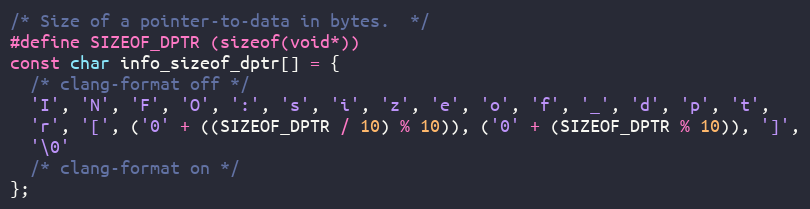
Language: C
/* Size of a pointer-to-data in bytes.  */
#define SIZEOF_DPTR (sizeof(void*))
const char info_sizeof_dptr[] = {
  /* clang-format off */
  'I', 'N', 'F', 'O', ':', 's', 'i', 'z', 'e', 'o', 'f', '_', 'd', 'p', 't',
  'r', '[', ('0' + ((SIZEOF_DPTR / 10) % 10)), ('0' + (SIZEOF_DPTR % 10)), ']',
  '\0'
  /* clang-format on */
};